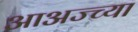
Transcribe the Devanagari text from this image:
आअज्च्या